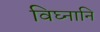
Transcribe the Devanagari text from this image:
विघ्नानि